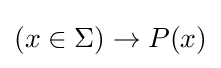
(x\in \Sigma )\to P(x)